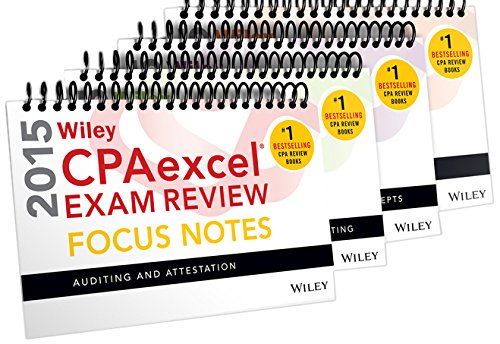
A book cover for Wiley CPAexcel Exam Review 2015 Focus Notes, 4-Volume Set; Wiley; Test Preparation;